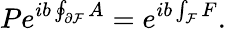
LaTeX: Pe^{ib\oint_{\partial{\cal F}}A}=e^{ib\int_{{\cal F}}F}.